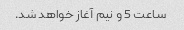
ساعت 5 و نیم آغاز خواهد شد.